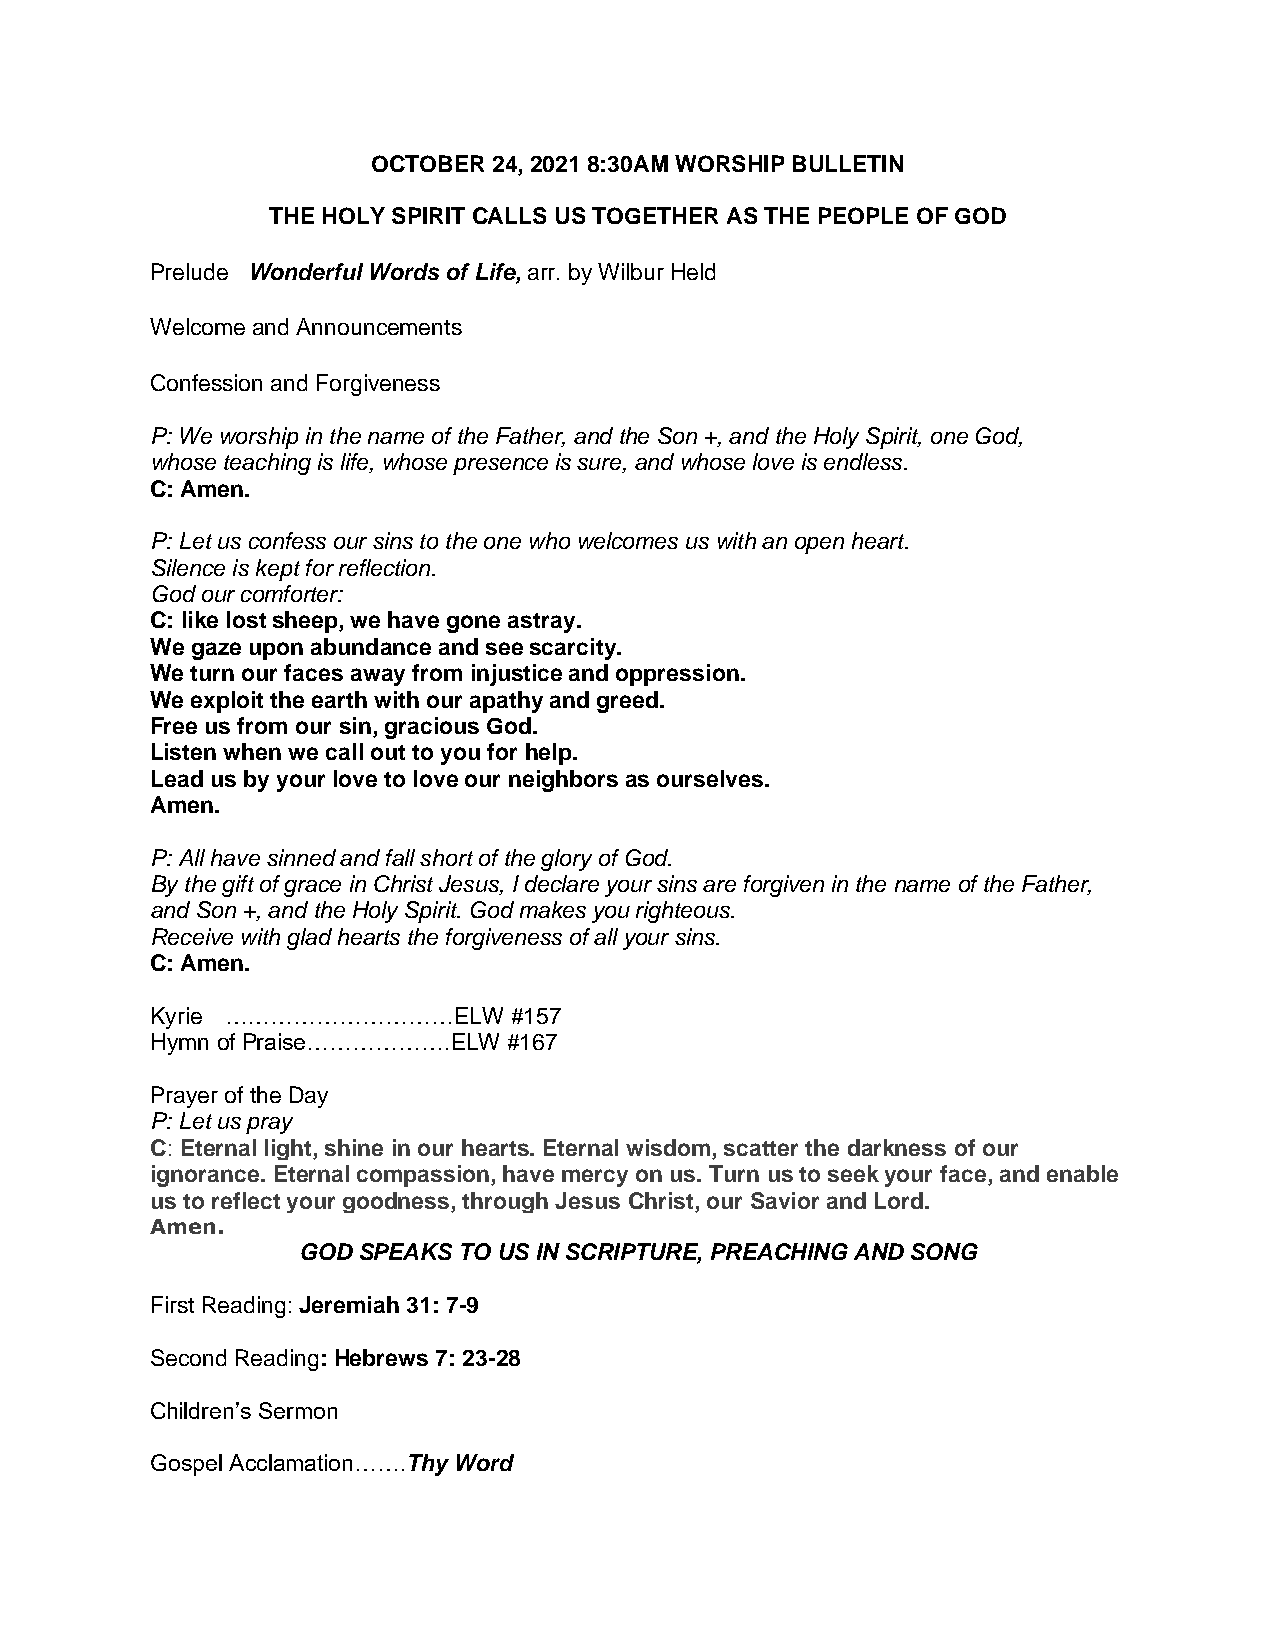
OCTOBER 24, 2021 8:30AM WORSHIP BULLETIN
 THE HOLY SPIRIT CALLS US TOGETHER AS THE PEOPLE OF GOD
 Prelude Wonderful Words of Life, arr. by Wilbur Held
 Welcome and Announcements
 Confession and Forgiveness
 P: We worship in the name of the Father, and the Son +, and the Holy Spirit, one God,
 whose teaching is life, whose presence is sure, and whose love is endless.
 C: Amen.
 P: Let us confess our sins to the one who welcomes us with an open heart.
 Silence is kept for reflection.
 God our comforter:
 C: like lost sheep, we have gone astray.
 We gaze upon abundance and see scarcity.
 We turn our faces away from injustice and oppression.
 We exploit the earth with our apathy and greed.
 Free us from our sin, gracious God.
 Listen when we call out to you for help.
 Lead us by your love to love our neighbors as ourselves.
 Amen.
 P: All have sinned and fall short of the glory of God.
 By the gift of grace in Christ Jesus, I declare your sins are forgiven in the name of the Father,
 and Son +, and the Holy Spirit. God makes you righteous.
 Receive with glad hearts the forgiveness of all your sins.
 C: Amen.
 Kyrie …………………………ELW     #157
 Hymn of Praise……………….ELW #167
 Prayer of the Day
 P: Let us pray
 C: Eternal light, shine in our hearts. Eternal wisdom, scatter the darkness of our
 ignorance. Eternal compassion, have mercy on us. Turn us to seek your face, and enable
 us to reflect your goodness, through Jesus Christ, our Savior and Lord.
 Amen.
 GOD SPEAKS TO US IN SCRIPTURE, PREACHING AND SONG
 First Reading: Jeremiah 31: 7-9
 Second Reading: Hebrews 7: 23-28
 Children’s Sermon
 Gospel Acclamation…….Thy Word